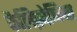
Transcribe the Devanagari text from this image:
कैलिफ़ोनिया